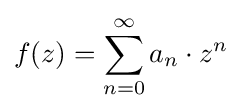
f(z)=\sum _{n=0}^{\infty }a_{n}\cdot z^{n}